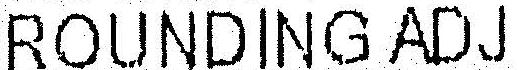
ROUNDING ADJ